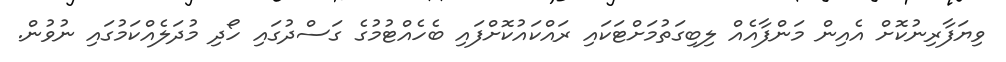
ވިޔަފާރިނުކޮށް އެއިން މަންފާއެއް ލިބިގަތުމަށްޓަކައި ރައްކައުކޮށްފައި ބެހެއްޓުމުގެ ގަސްދުގައި ހޯދި މުދަލެއްކަމުގައި ނުވުން.